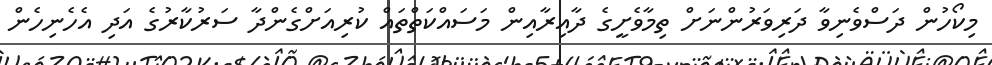
މިކޯހުން ދަސްވެނިވާ ދަރިވަރުންނަށް ތިމާވެށީގެ ދާއިރާއިން މަސައްކަތްތައް ކުރިއަށްގެންދާ ސަރުކާރުގެ އަދި އެހެނިހެން